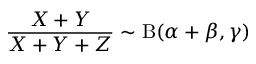
{ \frac { X + Y } { X + Y + Z } } \sim \mathrm { B } ( \alpha + \beta , \gamma )